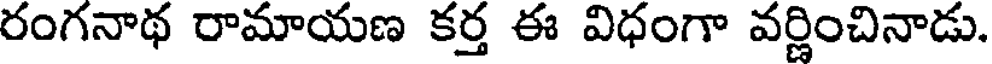
రంగనాథ రామాయణ కర్త ఈ విధంగా వర్ణించినాడు.